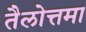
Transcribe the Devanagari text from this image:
तैलोत्तमा